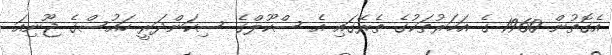
އެގޮތުން 1960 ގެ އަހަރުތަކުގެ ތެރޭގައި އެ ސްކޫލްގެ ސިކަންދަރީ ހައުސްގެ ޖޫނިއަ